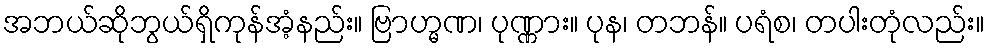
အဘယ်ဆိုဘွယ်ရှိကုန်အံ့နည်း။ ဗြာဟ္မဏ၊ ပုဏ္ဏား။ ပုန၊ တဘန်။ ပရံစ၊ တပါးတုံလည်း။